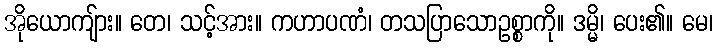
အိုယောကျ်ား။ တေ၊ သင့်အား။ ကဟာပဏံ၊ တသပြာသောဥစ္စာကို။ ဒမ္မိ၊ ပေး၏။ မေ၊